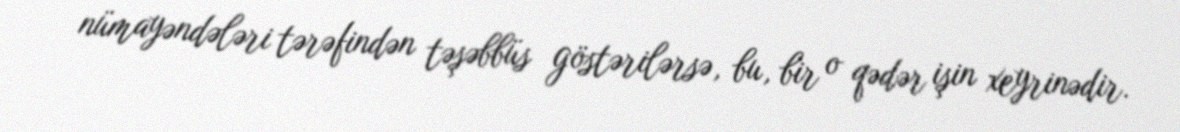
nümayəndələri tərəfindən təşəbbüs göstərilərsə, bu, bir o qədər işin xeyrinədir.